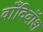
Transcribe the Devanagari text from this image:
वाँदिवॉश